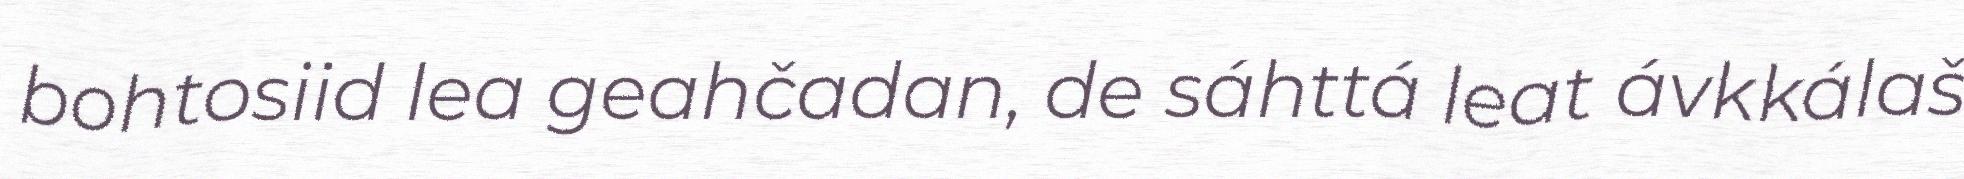
bohtosiid lea geahčadan, de sáhttá leat ávkkálaš